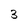
Character: 3